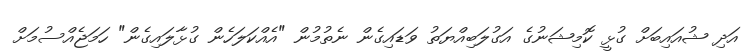
އަދި ޝުއައިބަށް ގުޅީ ކޮމިޝަނުގެ އަގުލަބިއްޔަތު ވަޑައިގެން ނެތުމުން "އެއްކަލަހެން ގުޅާލައިގެން" ހަމަޖެއްސުމަށް